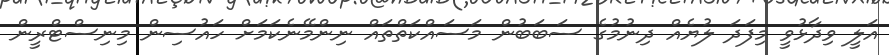
އަލީ ވިދާޅުވީ މިފަދަ ލުޔެއް ދިނުމުގެ ސަބަބުން މަސައްކަތްތައް ނިންމޭނެކަމަށް ހައުސިން މިނިސްޓްރީން